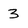
Character: 3